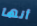
أنها